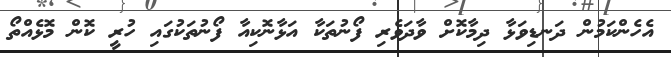
އެހެންކަމުން ދަނޑިވަޅާ ދިމާކޮށް ވާދަވެރި ފޯނުތަކާ އަޅާނޮކިއާ ފޯނުތަކުގައި ހުރީ ކޮން މޮޅެއްތޯ